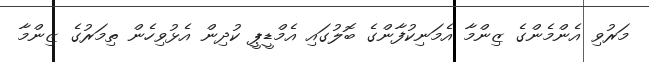
މަރުވި އެންމެންގެ ޒިންމާ އެމަނިކުފާންގެ ބޮލުގައި އެމްޑީޕީ ކުދިން އެޅުވިހެން ތިމަރުގެ ޒިންމާ